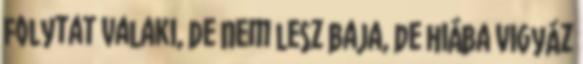
folytat valaki, de nem lesz baja, de hiába vigyáz